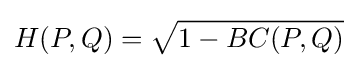
H(P,Q)={\sqrt {1-BC(P,Q)}}